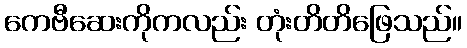
ကေဗီဆေးကိုကလည်း တုံးတိတိဖြေသည်။